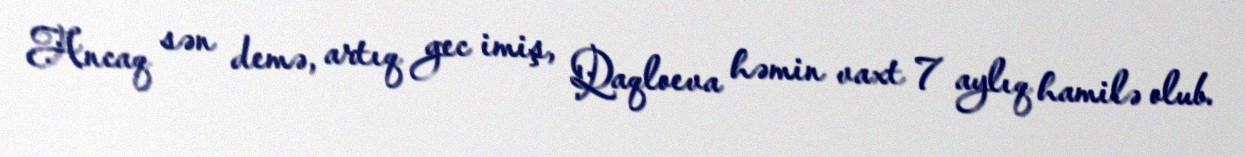
Ancaq sən demə, artıq gec imiş, Qaqloeva həmin vaxt 7 aylıq hamilə olub.